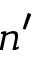
n ^ { \prime }